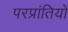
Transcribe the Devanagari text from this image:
परप्रांतियों